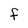
Character: f